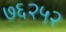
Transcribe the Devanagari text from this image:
७६२५२